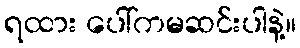
ရထား ပေါ်ကမဆင်းပါနဲ့။